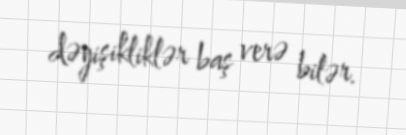
dəyişikliklər baş verə bilər.